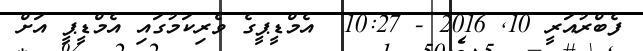
ފެބްރުއަރީ 10